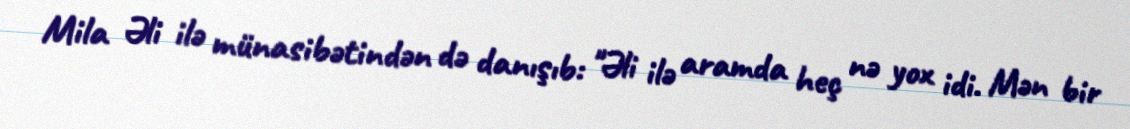
Mila Əli ilə münasibətindən də danışıb: "Əli ilə aramda heç nə yox idi. Mən bir